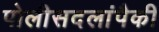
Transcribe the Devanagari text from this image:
पोलीसदलांपैकी